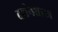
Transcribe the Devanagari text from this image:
दर्शनशास्‍त्र